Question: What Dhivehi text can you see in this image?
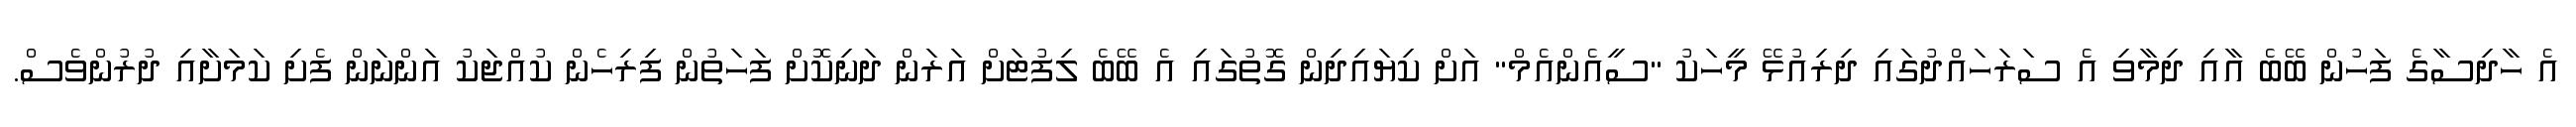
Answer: އެ ހާދިސާގެ ފަހުން ބޭބެ އާއި ދިމާވި އެ ސަރަހައްދުގައި ދިރިއުޅޭ މީހަކު "ސީއެންއެމް" އަށް ކިޔައިދިން ގޮތުގައި އެ ބޭބެ ލިފުޓަށް އަރަން ދަނިކޮށް ފަހަތުން ފިރިހެން ކުއްޖަކު އަންނަން ފެށި ކަމަށާއި ދުރުންވެސް.